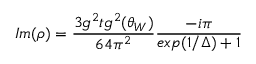
I m ( \rho ) = \frac { 3 g ^ { 2 } t g ^ { 2 } ( \theta _ { W } ) } { 6 4 \pi ^ { 2 } } \frac { - i \pi } { e x p ( 1 / \Delta ) + 1 }